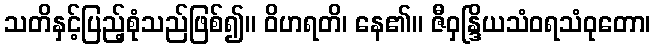
သတိနှင့်ပြည့်စုံသည်ဖြစ်၍။ ဝိဟရတိ၊ နေ၏။ ဇီဝှန္ဒြိယသံဝရသံဝုတော၊